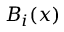
B _ { i } ( x )